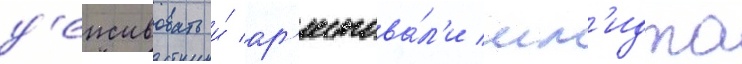
д'еиствовать и́ ар'естова́л'и шм'идта